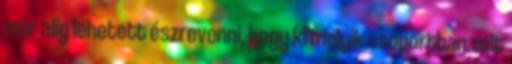
már alig lehetett észrevenni, hogy ki melyik csoportban volt